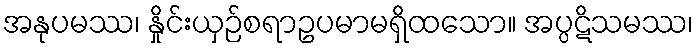
အနုပမဿ၊ နှိုင်းယှဉ်စရာဥပမာမရှိထသော။ အပ္ပဋိသမဿ၊